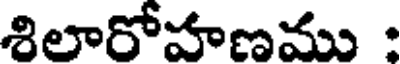
శిలారోహణము :